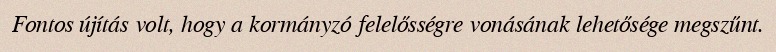
Fontos újítás volt, hogy a kormányzó felelősségre vonásának lehetősége megszűnt.